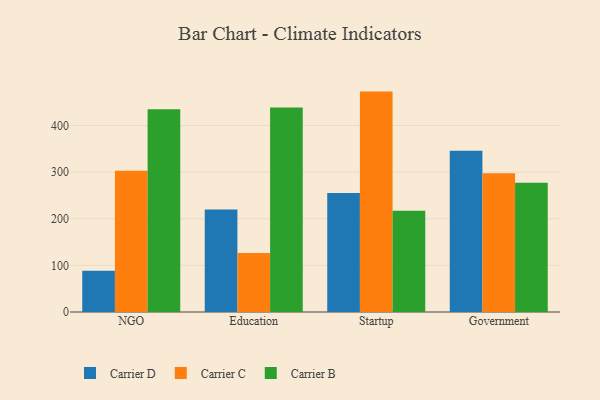
{"axis": {"x": "Segment", "y": "LTV (USD)"}, "legend": ["Carrier B", "Carrier C", "Carrier D"], "data": [{"x": "NGO", "y": 88.4, "type": "Carrier D"}, {"x": "NGO", "y": 302.8, "type": "Carrier C"}, {"x": "NGO", "y": 434.9, "type": "Carrier B"}, {"x": "Education", "y": 220.1, "type": "Carrier D"}, {"x": "Education", "y": 126.6, "type": "Carrier C"}, {"x": "Education", "y": 438.5, "type": "Carrier B"}, {"x": "Startup", "y": 255.4, "type": "Carrier D"}, {"x": "Startup", "y": 472.7, "type": "Carrier C"}, {"x": "Startup", "y": 217.3, "type": "Carrier B"}, {"x": "Government", "y": 345.8, "type": "Carrier D"}, {"x": "Government", "y": 297.7, "type": "Carrier C"}, {"x": "Government", "y": 277.2, "type": "Carrier B"}]}